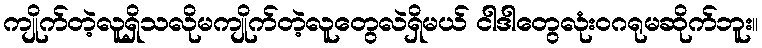
ကျိုက်တဲ့လူရှိသလိုမကျိုက်တဲ့လူတွေလဲရှိမယ် ငါဒါတွေလုံးဝဂရုမဆိုက်ဘူး။